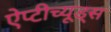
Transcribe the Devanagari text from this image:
ऐप्टीच्यूड्स